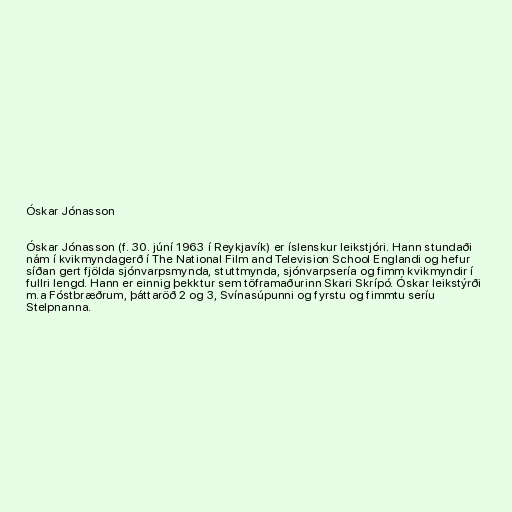
Óskar Jónasson

Óskar Jónasson (f. 30. júní 1963 í Reykjavík) er íslenskur leikstjóri. Hann stundaði
nám í kvikmyndagerð í The National Film and Television School Englandi og hefur
síðan gert fjölda sjónvarpsmynda, stuttmynda, sjónvarpsería og fimm kvikmyndir í
fullri lengd. Hann er einnig þekktur sem töframaðurinn Skari Skrípó. Óskar leikstýrði
m.a Fóstbræðrum, þáttaröð 2 og 3, Svínasúpunni og fyrstu og fimmtu seríu
Stelpnanna.